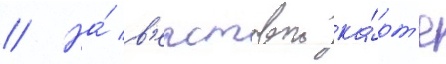
// На́ в'ерстовои ка́рт'е